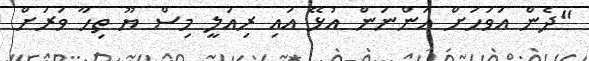
"ދެން އަވަހަށް އަންނަން އުޅޭ އައި ރިއަލީ މިސް ޔޫ ތިހާ ވަރަށް